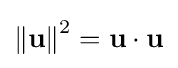
{\Vert \mathbf {u} \Vert }^{2}=\mathbf {u} \cdot \mathbf {u}